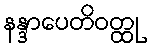
နန္ဒာပေတိဝတ္ထု